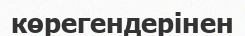
көрегендерінен